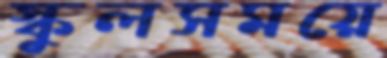
স্কুলসময়ে